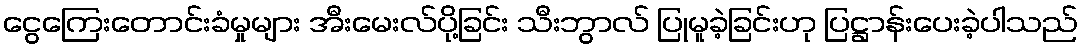
ငွေကြေးတောင်းခံမှုများ အီးမေးလ်ပို့ခြင်း သီးဘွာလ် ပြုမူခဲ့ခြင်းဟု ပြဋ္ဌာန်းပေးခဲ့ပါသည်